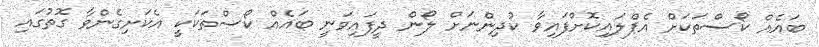
ބައެއް ކޯސްތަކަށް އެޕްލައިކޮށްފައިވާ ކުދިންނަށް ލޯން ދީފައިވަނީ ބައެއް ކޯސްތަކަކީ އެކަށިގެންވާ ގޮތުގައި